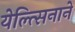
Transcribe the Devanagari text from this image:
येल्त्सिनाने